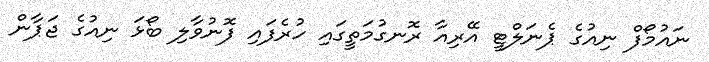
ނައުމޯފް ނިއުގެ ޕެނަލްޓީ އޭރިއާ ރޮނގުމަތީގައި ހުރެފައި ފޮނުވާލި ބޯޅަ ނިއުގެ ޖަޕާން